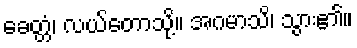
ခေတ္တံ၊ လယ်တောသို့။ အဂမာသိ၊ သွား၏။